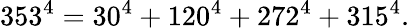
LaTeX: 353^{4}=30^{4}+120^{4}+272^{4}+315^{4}.